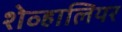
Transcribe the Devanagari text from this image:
शेव्हालियर